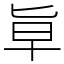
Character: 㔬